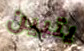
يتبين